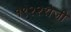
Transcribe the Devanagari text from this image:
१९२२रोजी